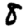
Digit: 8